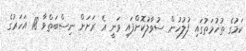
ކަމުގެ ތުހުމަތުގައި ފުލުހުން ސުވާލުކޮށްފައި ވަނީ އެ ރަށަށް ނިސްބަތްވާ 18 އަހަރުގެ